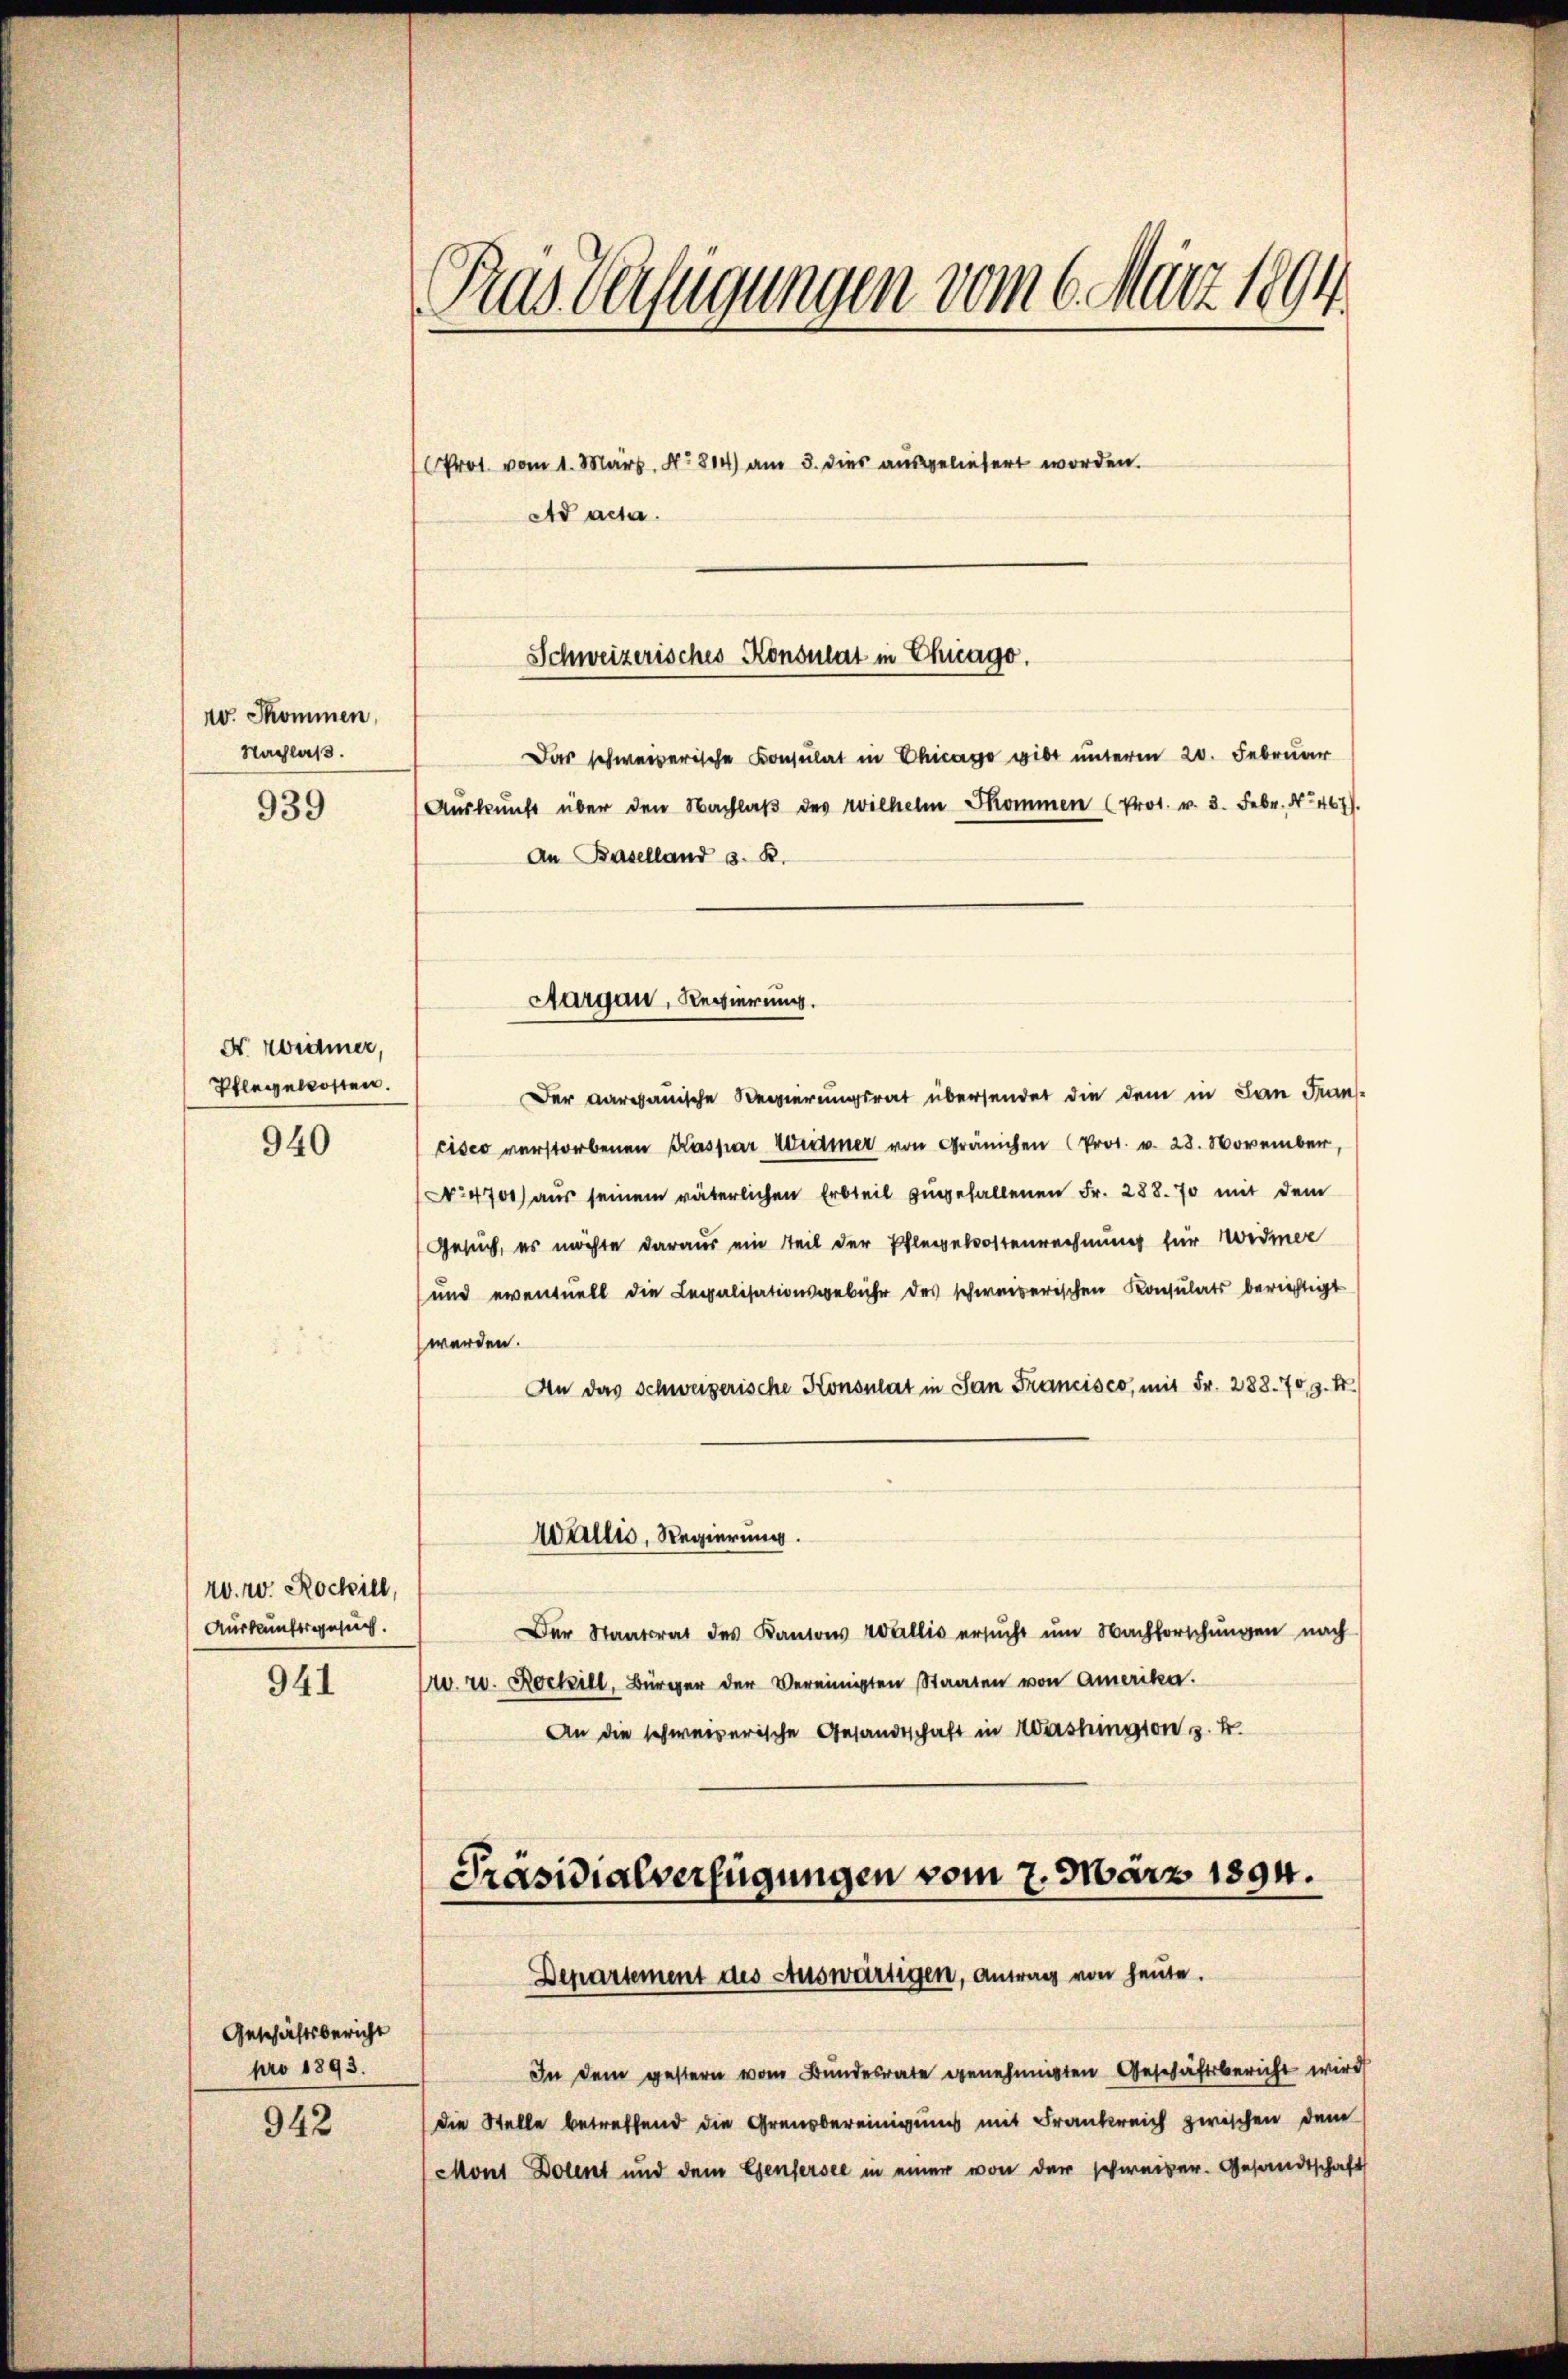
10. Skommen,
Nachlaß.
939

A. widmer,
Pflegekosten.
940

40. r. Rochill
Auskunftsgesuch.
941

Geschäftsbericht
pro 1893.
942

Pras Verfügungen vom 6. März 1894
Prot. vom 1. März. No. 814) am 3. dies ausgeliebert worden.
Ad acta.

An Baselland s. R.

Schweizerisches Konsulat in Chicago.

Der Aargauische Regierungsrat übersendet die dem in San Frans-
cisco verstorbenen Kaspar Weimer von Gränichen (Prot. v. 28. November,
No 4700) aus seinem väterlichen Erbteil zugefallenen Fr. 288. 70 mit dem
Gesuch, es möchte daraus ein Teil der Pfleggetrostenrechnung für Widmer
und eventuell die Legalisationsgebühr des schweizerischen Konsulats berichtigt
werden.
An das Schweizerische Konsulat in San Francisco, mit Fr. 288. 703. k.
Wallis, Regierung.
Der Staatsrat des Kantons Wallis ersŭcht ŭm Nachforschŭngen nach
0. r. Rochill, Bürger der Vereinigten Staaten von Amerika.
An die schweizerische Gesandtschaft in Washington z. B.
Präsidialverfügungen vom 7. März 1894.

Aargau, Regierung.

Das schweizerische Consulat in Chicago gibt unterm 20. Februar
Aŭskŭnft über den Nachlaβ des Wilhelm Skommen (Prot. v. 3. Febr. No. 467.

Departement des Auswärtigen, antrag von heute.

In dem gestern vom Bundesrate genehmigten Geschäftsbericht wird
die Stelle betreffend die Grenzbereinigung mit Frankreich zwischen dem
Mons Dolent und dem Genfersee in einer von der schweizer. Gesandtschaft